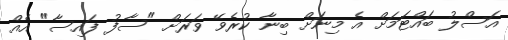
އަސްލު ބައްޓަމަށް އެ މިނަށް ބިނާ ކުރެވޭ ވަރަށް "ސާފު ފައިސާ" އެއް